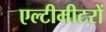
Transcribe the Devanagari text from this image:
एल्टीमीटरों